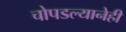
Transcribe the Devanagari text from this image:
चोपडल्यानेही